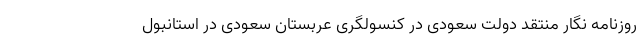
روزنامه نگار منتقد دولت سعودی در کنسولگری عربستان سعودی در استانبول